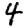
Digit: 4